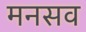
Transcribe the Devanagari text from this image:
मनसव